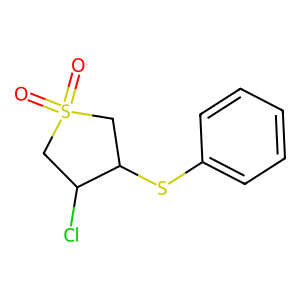
SMILES: O=S1(=O)CC(Cl)C(Sc2ccccc2)C1
Inhibits HIV replication: No